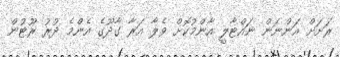
ރަށަށް އަންނަން ނައްޓާލީ އާންމުކޮށް ވެލާ އަރާ ގާދޫގެ އެންމެ ދުރު ރޫޓުން